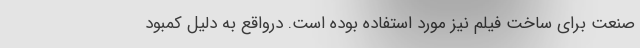
صنعت برای ساخت فیلم نیز مورد استفاده بوده است. درواقع به دلیل کمبود